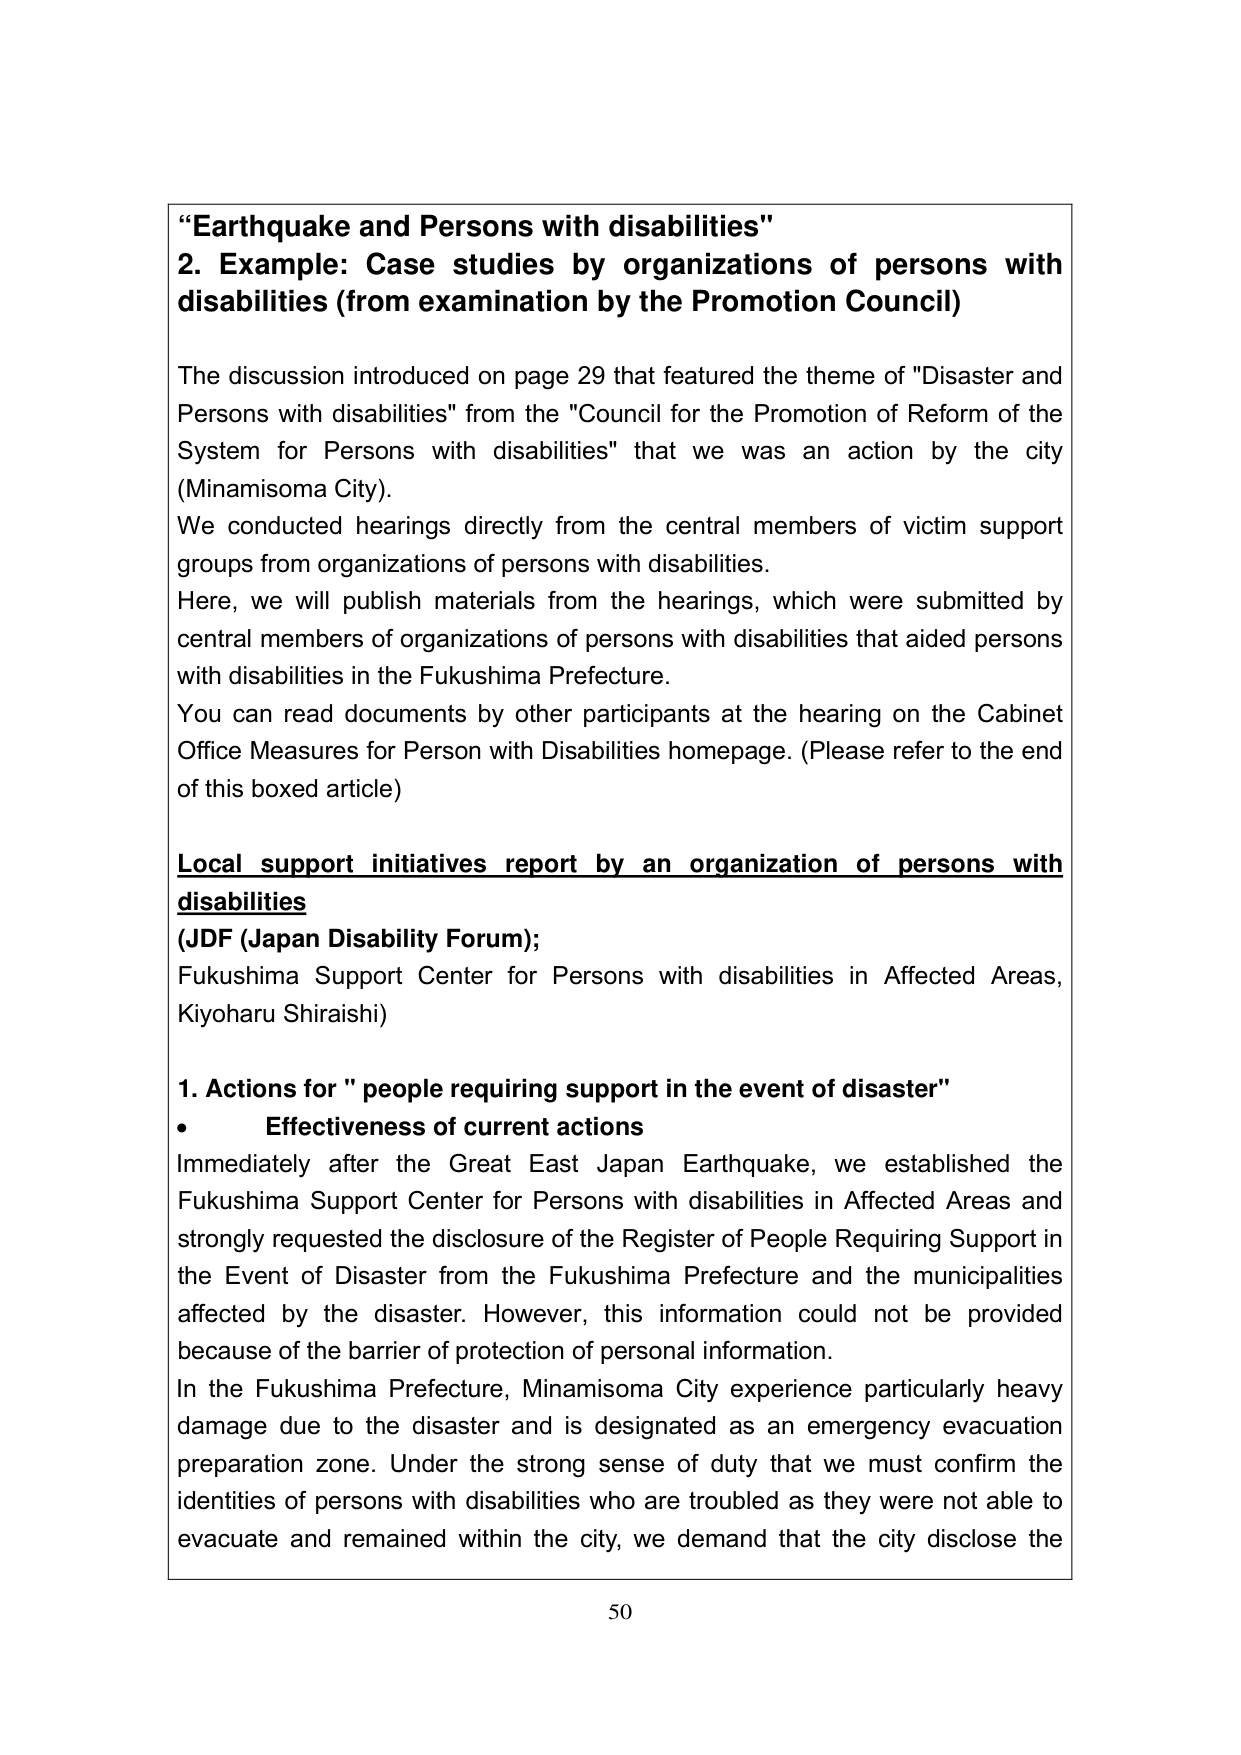
"Earthquake and Persons with disabilities"
2. Example: Case studies by organizations of persons with disabilities (from examination by the Promotion Council)

The discussion introduced on page 29 that featured the theme of "Disaster and Persons with disabilities" from the "Council for the Promotion of Reform of the System for Persons with disabilities" that we was an action by the city (Minamisoma City).
We conducted hearings directly from the central members of victim support groups from organizations of persons with disabilities.
Here, we will publish materials from the hearings, which were submitted by central members of organizations of persons with disabilities that aided persons with disabilities in the Fukushima Prefecture.
You can read documents by other participants at the hearing on the Cabinet Office Measures for Person with Disabilities homepage. (Please refer to the end of this boxed article)

Local support initiatives report by an organization of persons with disabilities
(JDF (Japan Disability Forum);
Fukushima Support Center for Persons with disabilities in Affected Areas, Kiyoharu Shiraishi)

1. Actions for "people requiring support in the event of disaster"
• Effectiveness of current actions
Immediately after the Great East Japan Earthquake, we established the Fukushima Support Center for Persons with disabilities in Affected Areas and strongly requested the disclosure of the Register of People Requiring Support in the Event of Disaster from the Fukushima Prefecture and the municipalities affected by the disaster. However, this information could not be provided because of the barrier of protection of personal information.
In the Fukushima Prefecture, Minamisoma City experience particularly heavy damage due to the disaster and is designated as an emergency evacuation preparation zone. Under the strong sense of duty that we must confirm the identities of persons with disabilities who are troubled as they were not able to evacuate and remained within the city, we demand that the city disclose the

50